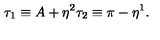
\tau _ { 1 } \equiv A + \eta ^ { 2 } \tau _ { 2 } \equiv \pi - \eta ^ { 1 } .